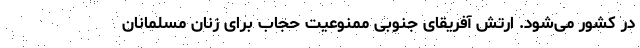
در کشور می‌شود. ارتش آفریقای جنوبی ممنوعیت حجاب برای زنان مسلمانان